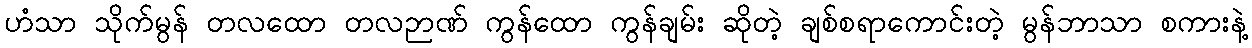
ဟံသာ သိုက်မွန် တလထော တလဉာဏ် ကွန်ထော ကွန်ချမ်း ဆိုတဲ့ ချစ်စရာကောင်းတဲ့ မွန်ဘာသာ စကားနဲ့